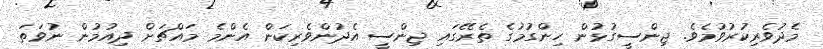
މެދުވެރިކުރުވުމެވެ. ޖިންސީގުޅުން ހިންގުމުގެ ތެރޭގައި ޖިންސީ އެދުންވެރިކަން އެންމެ މައްޗަށް ދިއުމުން ނުވަތަ